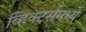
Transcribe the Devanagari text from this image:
व्हिक्टर्समध्ये